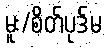
မူး/စိတ်ပုဒ်မ